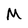
Character: M